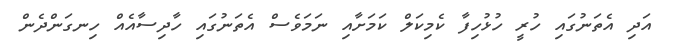
އަދި އެތަނުގައި ހުރީ ހުޅުހިފާ ކެމިކަލް ކަމަށާއި ނަމަވެސް އެތަނުގައި ހާދިސާއެއް ހިނގަންދެން